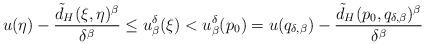
LaTeX: \begin{align*}u(\eta)-\frac{\tilde{d}_H(\xi, \eta)^\beta}{\delta^\beta}\leq u^\delta_{\beta}(\xi)<u^\delta_\beta(p_0)=u(q_{\delta, \beta})-\frac{\tilde{d}_H(p_0, q_{\delta, \beta})^\beta}{\delta^\beta}\end{align*}